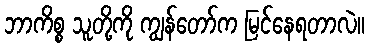
ဘာကိစ္စ သူတို့ကို ကျွန်တော်က မြင်နေရတာလဲ။